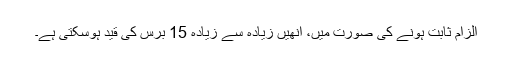
الزام ثابت ہونے کی صورت میں، اُنھیں زیادہ سے زیادہ 15 برس کی قید ہوسکتی ہے۔